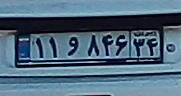
۱۱و۸۴۶۳۴